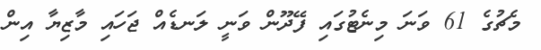
މެޗުގެ 61 ވަނަ މިނެޓުގައި ފޭދޫން ވަނީ ލަނޑެއް ޖަހައި މާޒިޔާ އިން